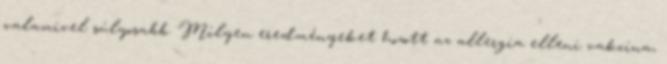
valamivel súlyosabb. Milyen eredményeket hozott az allergia elleni vakcina,